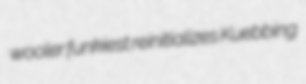
wooler funkiest reinitializes Kuebbing